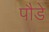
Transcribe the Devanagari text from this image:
पौडे